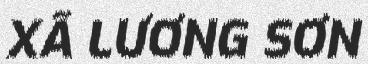
XÃ LƯƠNG SƠN